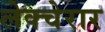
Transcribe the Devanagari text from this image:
लेक्चेरार